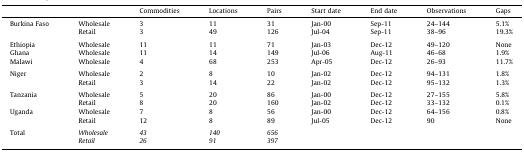
<table><thead><tr><td></td><td></td><td><b>Commodities</b></td><td><b>Locations</b></td><td><b>Pairs</b></td><td><b>Start date</b></td><td><b>End date</b></td><td><b>Observations</b></td><td><b>Gaps</b></td></tr></thead><tbody><tr><td rowspan="2">Burkina Faso</td><td>Wholesale</td><td>3</td><td>11</td><td>31</td><td>Jan-00</td><td>Sep-11</td><td>24–144</td><td>5.1%</td></tr><tr><td>Retail</td><td>3</td><td>49</td><td>126</td><td>Jul-04</td><td>Sep-11</td><td>38–96</td><td>19.3%</td></tr><tr><td colspan="9">  </td></tr><tr><td>Ethiopia</td><td>Wholesale</td><td>11</td><td>11</td><td>71</td><td>Jan-03</td><td>Dec-12</td><td>49–120</td><td>None</td></tr><tr><td>Ghana</td><td>Wholesale</td><td>11</td><td>14</td><td>149</td><td>Jul-06</td><td>Aug-11</td><td>46–68</td><td>1.9%</td></tr><tr><td>Malawi</td><td>Wholesale</td><td>4</td><td>68</td><td>253</td><td>Apr-05</td><td>Dec-12</td><td>26–93</td><td>11.7%</td></tr><tr><td colspan="9">  </td></tr><tr><td rowspan="2">Niger</td><td>Wholesale</td><td>2</td><td>8</td><td>10</td><td>Jan-02</td><td>Dec-12</td><td>94–131</td><td>1.8%</td></tr><tr><td>Retail</td><td>3</td><td>14</td><td>22</td><td>Jan-02</td><td>Dec-12</td><td>95–132</td><td>1.3%</td></tr><tr><td colspan="9">  </td></tr><tr><td rowspan="2">Tanzania</td><td>Wholesale</td><td>5</td><td>20</td><td>86</td><td>Jan-00</td><td>Dec-12</td><td>27–155</td><td>5.8%</td></tr><tr><td>Retail</td><td>8</td><td>20</td><td>160</td><td>Jan-02</td><td>Dec-12</td><td>33–132</td><td>0.1%</td></tr><tr><td rowspan="2">Uganda</td><td>Wholesale</td><td>7</td><td>8</td><td>56</td><td>Jan-00</td><td>Dec-12</td><td>64–156</td><td>0.8%</td></tr><tr><td>Retail</td><td>12</td><td>8</td><td>89</td><td>Jul-05</td><td>Dec-12</td><td>90</td><td>None</td></tr><tr><td colspan="9">  </td></tr><tr><td rowspan="2">Total</td><td><i>Wholesale</i></td><td><i>43</i></td><td><i>140</i></td><td><i>656</i></td><td></td><td></td><td></td><td></td></tr><tr><td><i>Retail</i></td><td><i>26</i></td><td><i>91</i></td><td><i>397</i></td><td></td><td></td><td></td><td></td></tr></tbody></table>